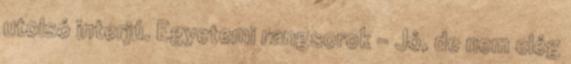
utolsó interjú. Egyetemi rangsorok - Jó, de nem elég